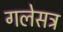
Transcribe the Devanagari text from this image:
गलेसत्र